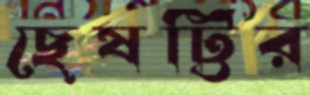
ছেষট্টির